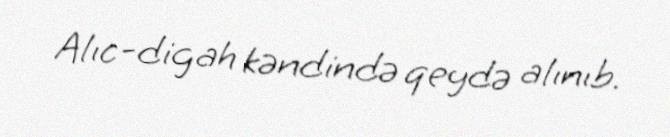
Alıc-digah kəndində qeydə alınıb.